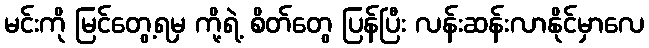
မင်းကို မြင်တွေ့ရမှ ကို့ရဲ့ စိတ်တွေ ပြန်ပြီး လန်းဆန်းလာနိုင်မှာလေ